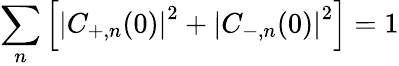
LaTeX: \sum_{n}\left[\left|C_{+,n}(0)\right|^{2}+\left|C_{-,n}(0)\right|^{2}\right]=1